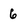
Character: 6